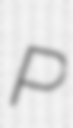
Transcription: P